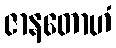
ဇာနတောဟံ